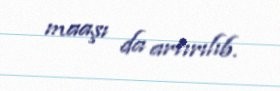
maaşı da artırılıb.